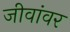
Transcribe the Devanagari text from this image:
जीवांवर